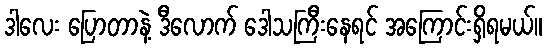
ဒါလေး ပြောတာနဲ့ ဒီလောက် ဒေါသကြီးနေရင် အကြောင်းရှိရမယ်။